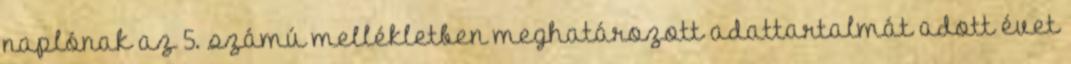
naplónak az 5. számú mellékletben meghatározott adattartalmát adott évet